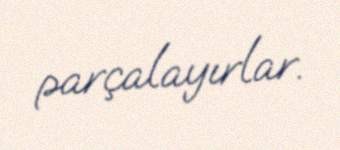
parçalayırlar.